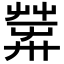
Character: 𦱴